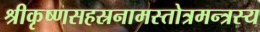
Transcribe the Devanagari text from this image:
श्रीकृष्णसहस्रनामस्तोत्रमन्त्रस्य